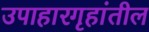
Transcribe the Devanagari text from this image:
उपाहारगृहांतील